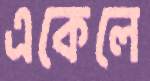
একেলে